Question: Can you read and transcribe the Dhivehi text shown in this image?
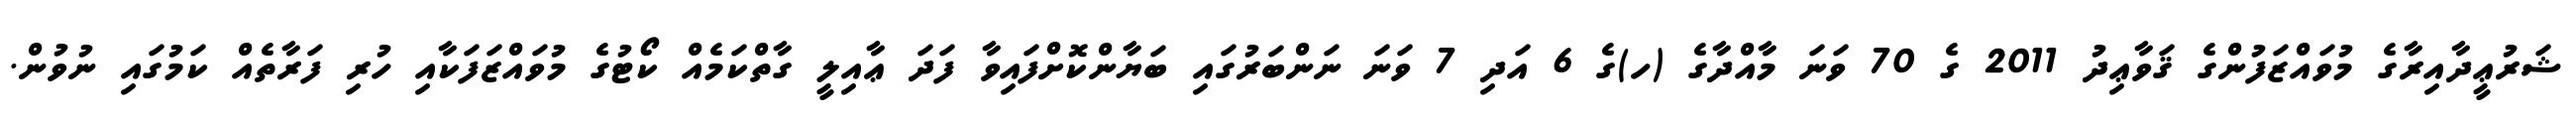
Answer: ޝަރުޢީދާއިރާގެ މުވައްޒަފުންގެ ޤަވާޢިދު 2011 ގެ 70 ވަނަ މާއްދާގެ (ހ)ގެ 6 އަދި 7 ވަނަ ނަންބަރުގައި ބަޔާންކޮށްފައިވާ ފަދަ ޢާއިލީ ގާތްކަމެއް ކޯޓުގެ މުވައްޒަފަކާއި ހުރި ފަރާތެއް ކަމުގައި ނުވުން.